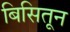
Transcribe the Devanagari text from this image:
बिसितून